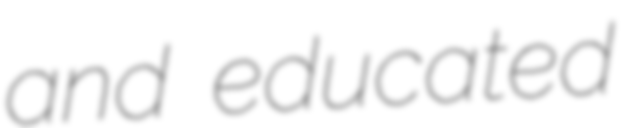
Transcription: and educated